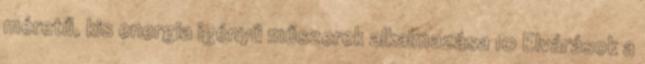
méretű, kis energia igényű műszerek alkalmazása 10 Elvárások a